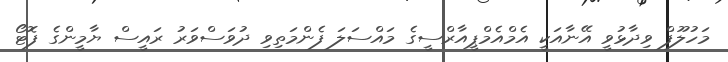
މަހުލޫފް ވިދާޅުވީ އޭނާއަކީ އެމްއެމްޕީއާރްސީގެ މައްސަލަ ފެންމަތިވި ދުވަސްވަރު ރައީސް ޔާމީންގެ ފޮޓޯ